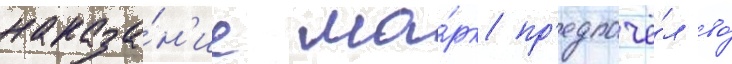
наказа́н'ие ма́рк пр'едпочё́л во́